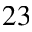
^ { 2 3 }